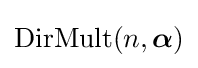
\mathrm {DirMult} (n,{\boldsymbol {\alpha }})